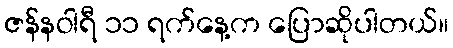
ဇန်နဝါရီ ၁၁ ရက်နေ့က ပြောဆိုပါတယ်။